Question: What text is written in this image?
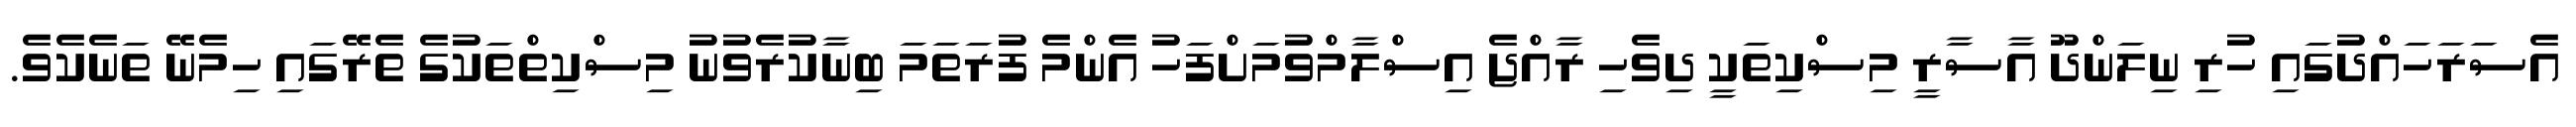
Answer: އެސަރަހައްދުގައި ހުރި ނިލަންދޫ އާސާރީ މިސްކިތަކީ ދިވެހި ރާއްޖެ އިސްލާމްވުމަށްފަހު އެންމެ ފުރަތަމަ ބިނާކުރެވުނު މިސްކިތްތަކުގެ ތެރޭގައި ހިމެނޭ ތަނެކެވެ.